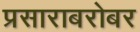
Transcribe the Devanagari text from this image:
प्रसाराबरोबर